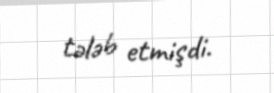
tələb etmişdi.